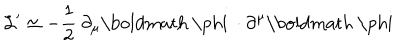
LaTeX: { \cal { L } } ^ { \prime } \simeq - \frac { 1 } { 2 } ~ \partial _ { \mu } \mathrm { \boldmath ~ \ p h i ~ } \cdot \partial ^ { \mu } \mathrm { \boldmath ~ \ p h i ~ }